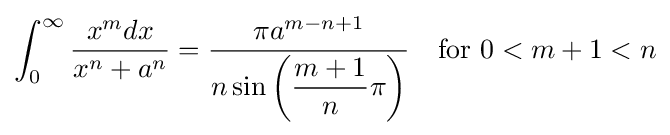
\int _{0}^{\infty }{\frac {x^{m}dx}{x^{n}+a^{n}}}={\frac {\pi a^{m-n+1}}{n\sin \left({\dfrac {m+1}{n}}\pi \right)}}\quad {\text{for }}0<m+1<n